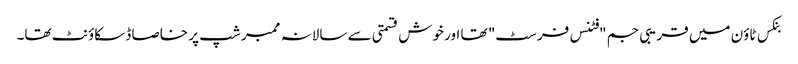
بنکس ٹاؤن میں قریبی جم "فٹنس فرسٹ" تھا اور خوش قسمتی سے سالانہ ممبر شپ پر خاصا ڈسکاؤنٹ تھا۔